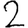
Digit: 2